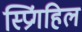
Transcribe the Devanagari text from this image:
स्प्रिंगहिल